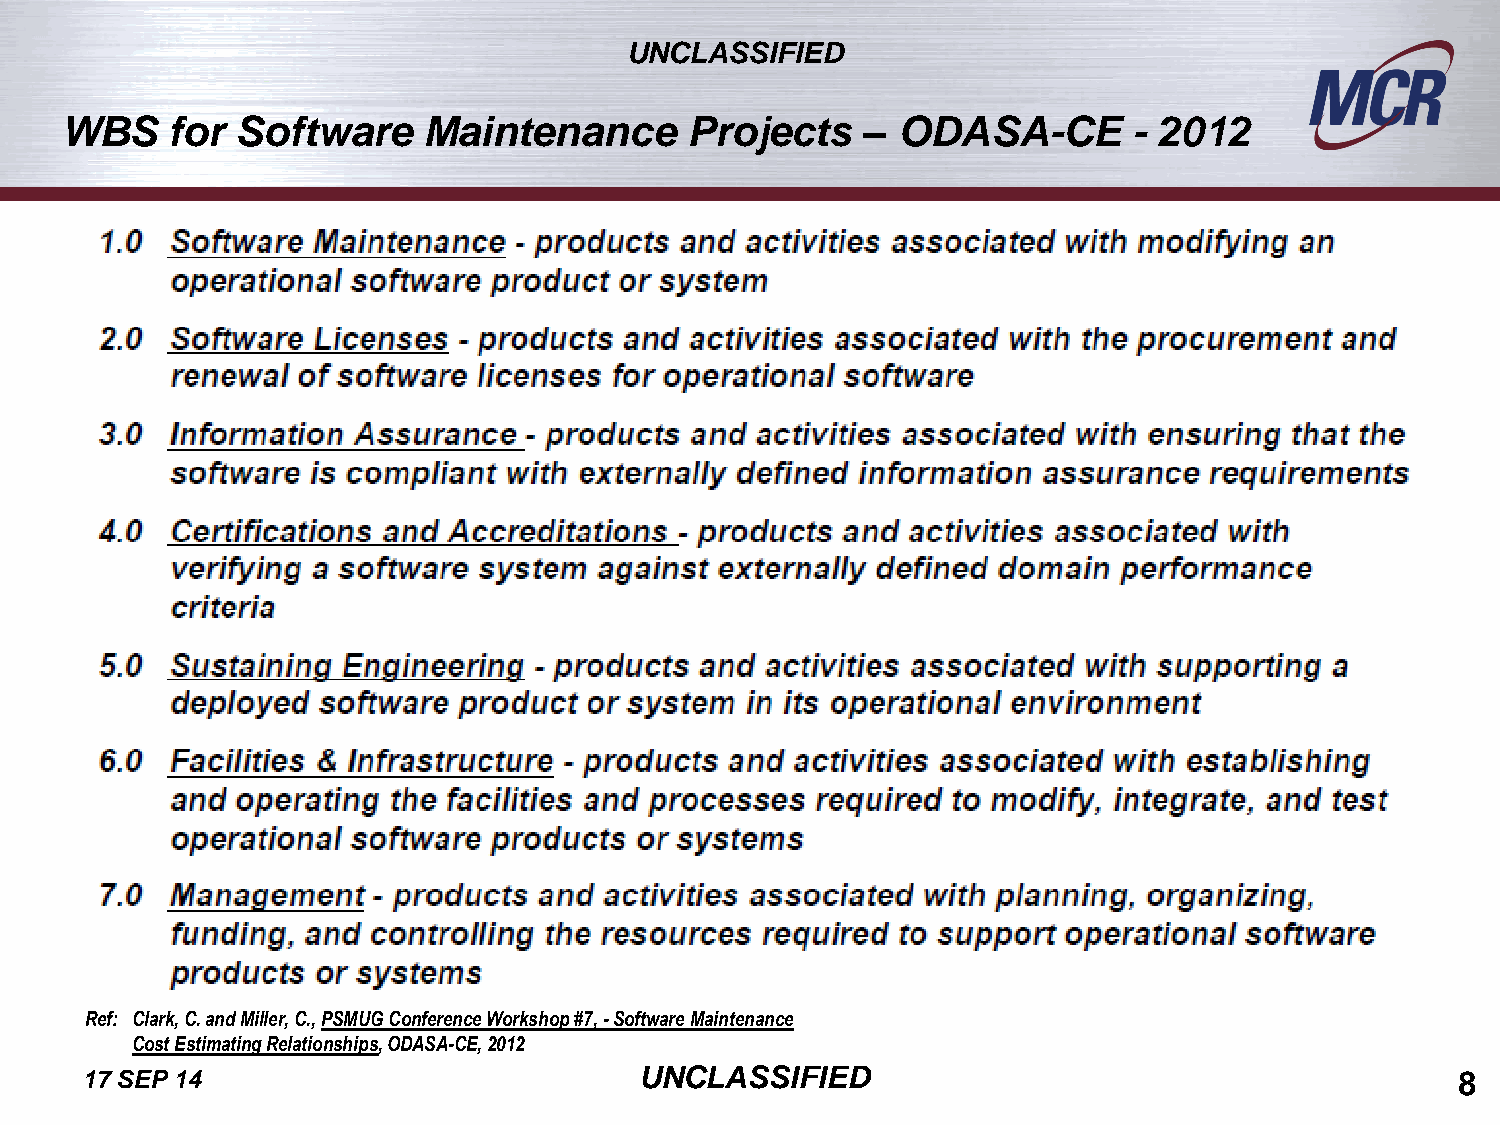
UNCLASSIFIED
 WBS    for  Software    Maintenance      Projects    – ODASA-CE        - 2012
 Ref: Clark, C. and Miller, C., PSMUG Conference Workshop #7, - Software Maintenance
 Cost Estimating Relationships, ODASA-CE, 2012
 17 SEP 14
 UUNNCCLLAASSSSIIFFIIEEDD
 8